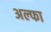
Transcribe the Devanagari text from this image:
अल्‍फा